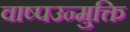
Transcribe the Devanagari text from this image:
वाष्पउन्मुक्ति